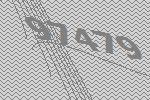
97479